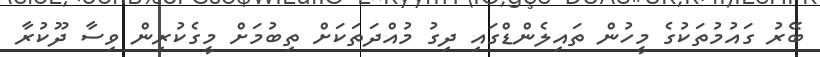
ބޭރު ގައުމުތަކުގެ މީހުން ތައިލެންޑްގައި ދިގު މުއްދަތަކަށް ތިބުމަށް މީގެކުރިން ވިސާ ދޫކުރާ